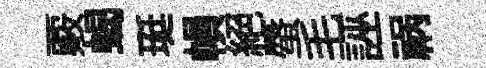
覈蝎珽𢄙絕蜃毛誣祸